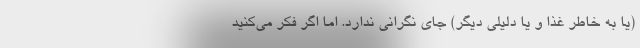
(یا به خاطر غذا و یا دلیلی دیگر) جای نگرانی ندارد. اما اگر فکر می‌کنید